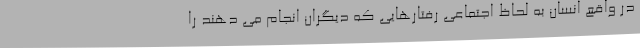
در واقع انسان به لحاظ اجتماعی رفتارهایی که دیگران انجام می دهند را